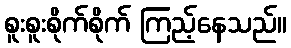
စူးစူးစိုက်စိုက် ကြည့်နေသည်။